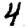
Digit: 4